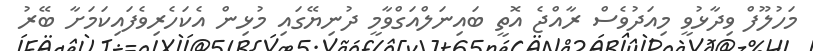
މަހުލޫފް ވިދާޅުވީ މިއަދުވެސް ރާއްޖެ އޮތީ ބައިނަލްއަގްވާމީ ދުނިޔޭގައި މުޅިން އެކަހެރިވެފައިކަމަށާ ބޭރު